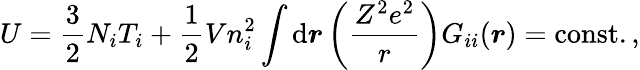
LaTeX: U=\frac{3}{2}N_{i}T_{i}+\frac{1}{2}Vn_{i}^{2}\int\mathrm{d}\boldsymbol{r}\left(\frac{Z^{2}e^{2}}{r}\right)G_{ii}(\boldsymbol{r})=\mathrm{const.}\, ,